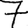
Digit: 7